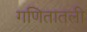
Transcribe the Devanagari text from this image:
गणितातली